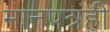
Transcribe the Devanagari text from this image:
मानपत्रही